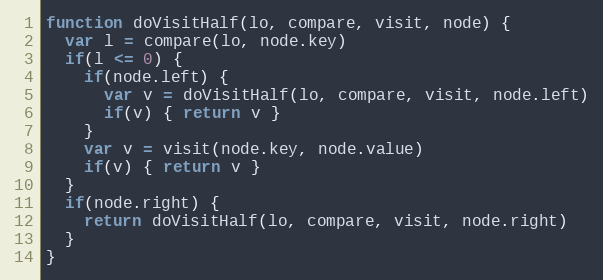
Language: JavaScript
function doVisitHalf(lo, compare, visit, node) {
  var l = compare(lo, node.key)
  if(l <= 0) {
    if(node.left) {
      var v = doVisitHalf(lo, compare, visit, node.left)
      if(v) { return v }
    }
    var v = visit(node.key, node.value)
    if(v) { return v }
  }
  if(node.right) {
    return doVisitHalf(lo, compare, visit, node.right)
  }
}